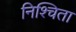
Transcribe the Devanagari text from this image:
निश्चिता